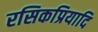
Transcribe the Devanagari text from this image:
रसिकप्रियादि